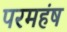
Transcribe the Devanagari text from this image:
परमहंष